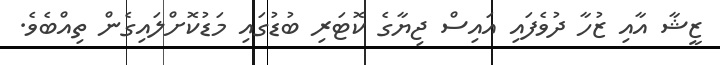
ޒީޝާ އާއި ޒުހާ ދުވެފައި އައިސް ޖިޔާގެ ކޮޓަރި ބުޑުގައި މަޑުކޮށްލައިގެން ތިއްބެވެ.